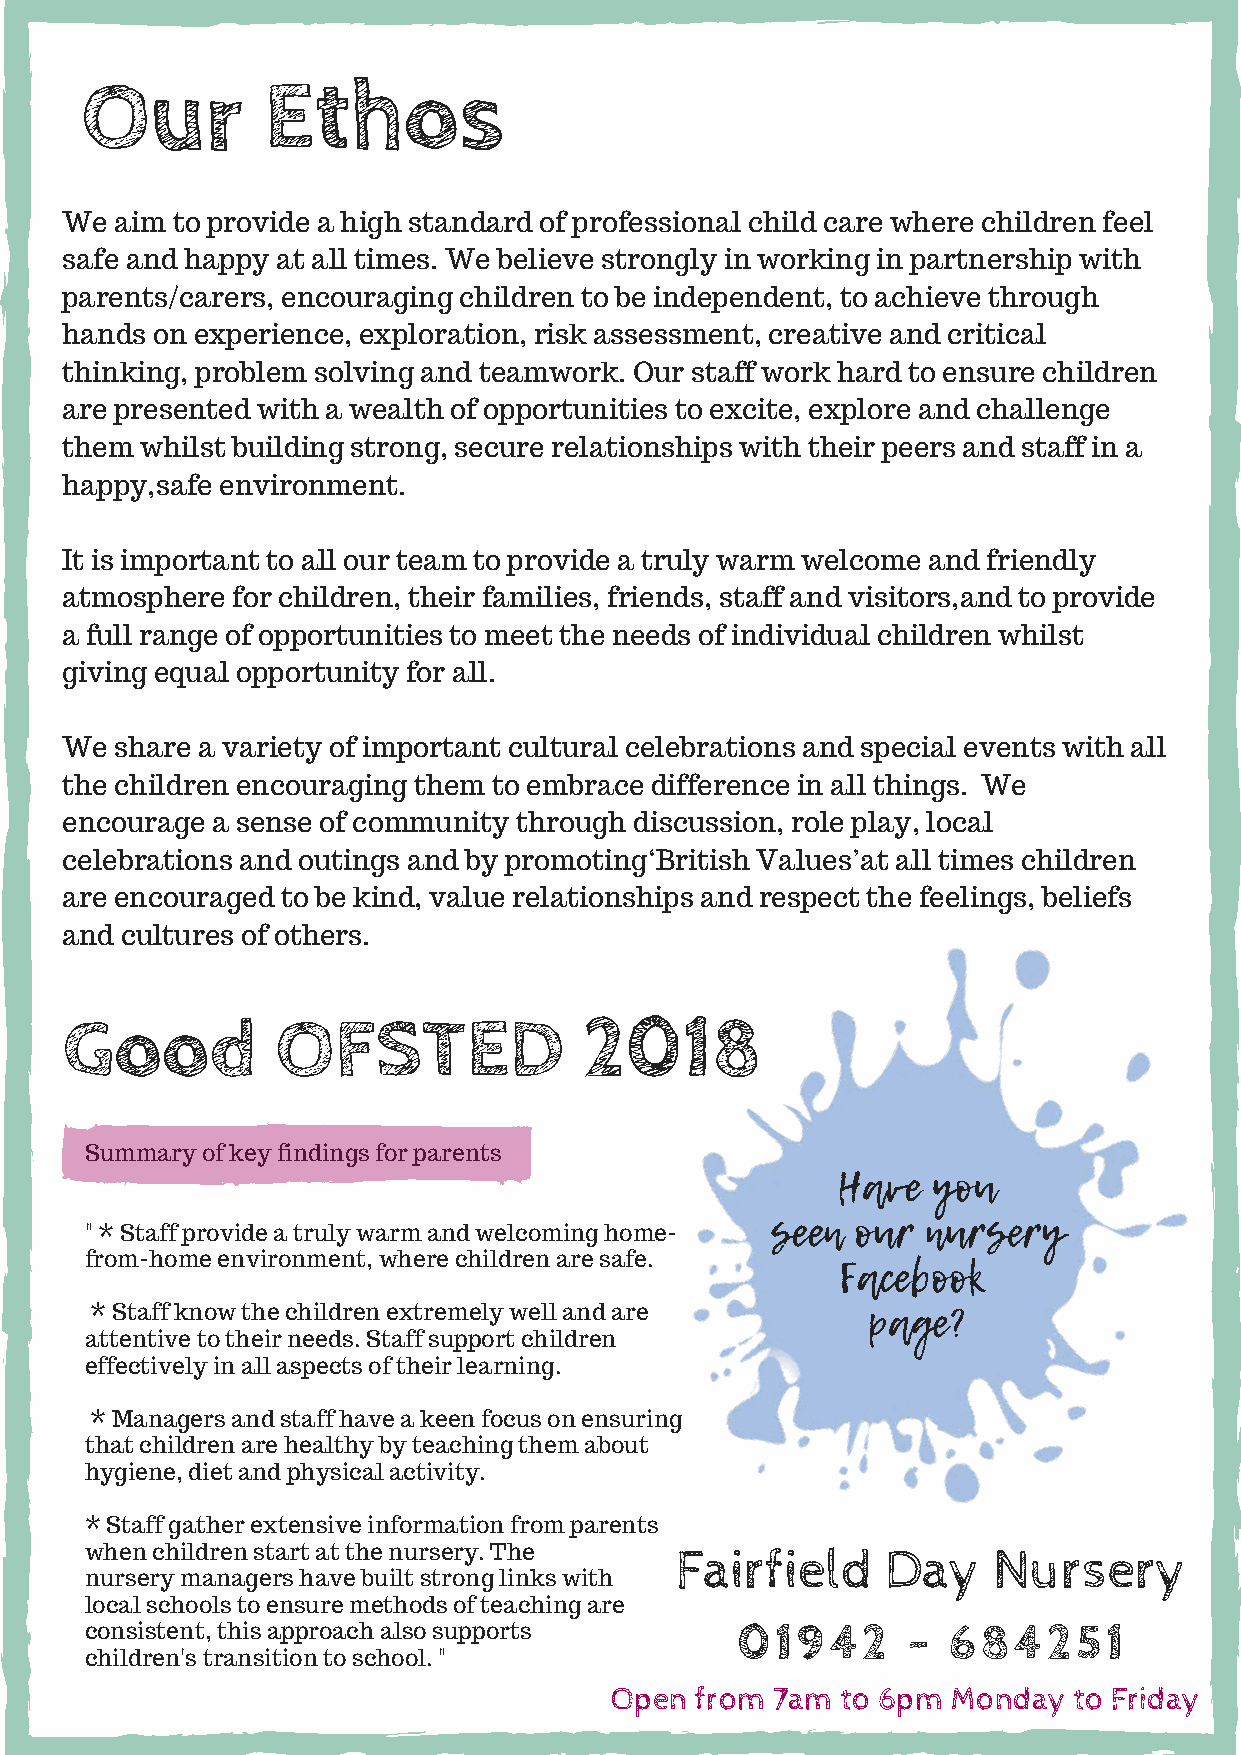
Our         Ethos
 We  aim to provide a high standard of professional child care where children feel
 safe and happy at all times. We believe strongly in working in partnership with
 parents/carers, encouraging children to be independent, to achieve through
 hands on experience, exploration, risk assessment, creative and critical
 thinking, problem solving and teamwork. Our staff work hard to ensure children
 are presented with a wealth of opportunities to excite, explore and challenge
 them whilst building strong, secure relationships with their peers and staff in a
 happy,safe environment.
 It is important to all our team to provide a truly warm welcome and friendly
 atmosphere for children, their families, friends, staff and visitors,and to provide
 a full range of opportunities to meet the needs of individual children whilst
 giving equal opportunity for all.
 We  share a variety of important cultural celebrations and special events with all
 the children encouraging them to embrace difference in all things. We
 encourage a sense of community through discussion, role play, local
 celebrations and outings and by promoting‘British Values’at all times children
 are encouraged to be kind, value relationships and respect the feelings, beliefs
 and cultures of others.
 Good          OFSTED               2018
 Summary of key findings for parents
 Have   you
 seen  our nursery
 " * Staff provide a truly warm and welcoming home-
 from-home environment, where children are safe.   Facebook
 page?
 * Staff know the children extremely well and are
 attentive to their needs. Staff support children
 effectively in all aspects of their learning.
 * Managers and staff have a keen focus on ensuring
 that children are healthy by teaching them about
 hygiene, diet and physical activity.
 * Staff gather extensive information from parents
 when children start at the nursery. The Fairfield    Day    Nursery
 nursery managers have built strong links with
 local schools to ensure methods of teaching are
 consistent, this approach also supports    01942      -  684251
 children's transition to school. "
 Open  from 7am  to 6pm Monday  to Friday